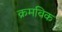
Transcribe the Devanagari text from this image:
क्रमविक